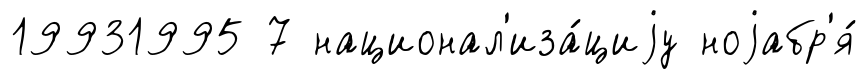
19931995 7 национал'иза́циjу ноjабр'я́